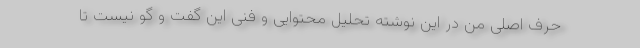
حرف اصلی من در این نوشته تحلیل محتوایی و فنی این گفت و گو نیست تا